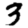
Digit: 3